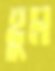
হুম